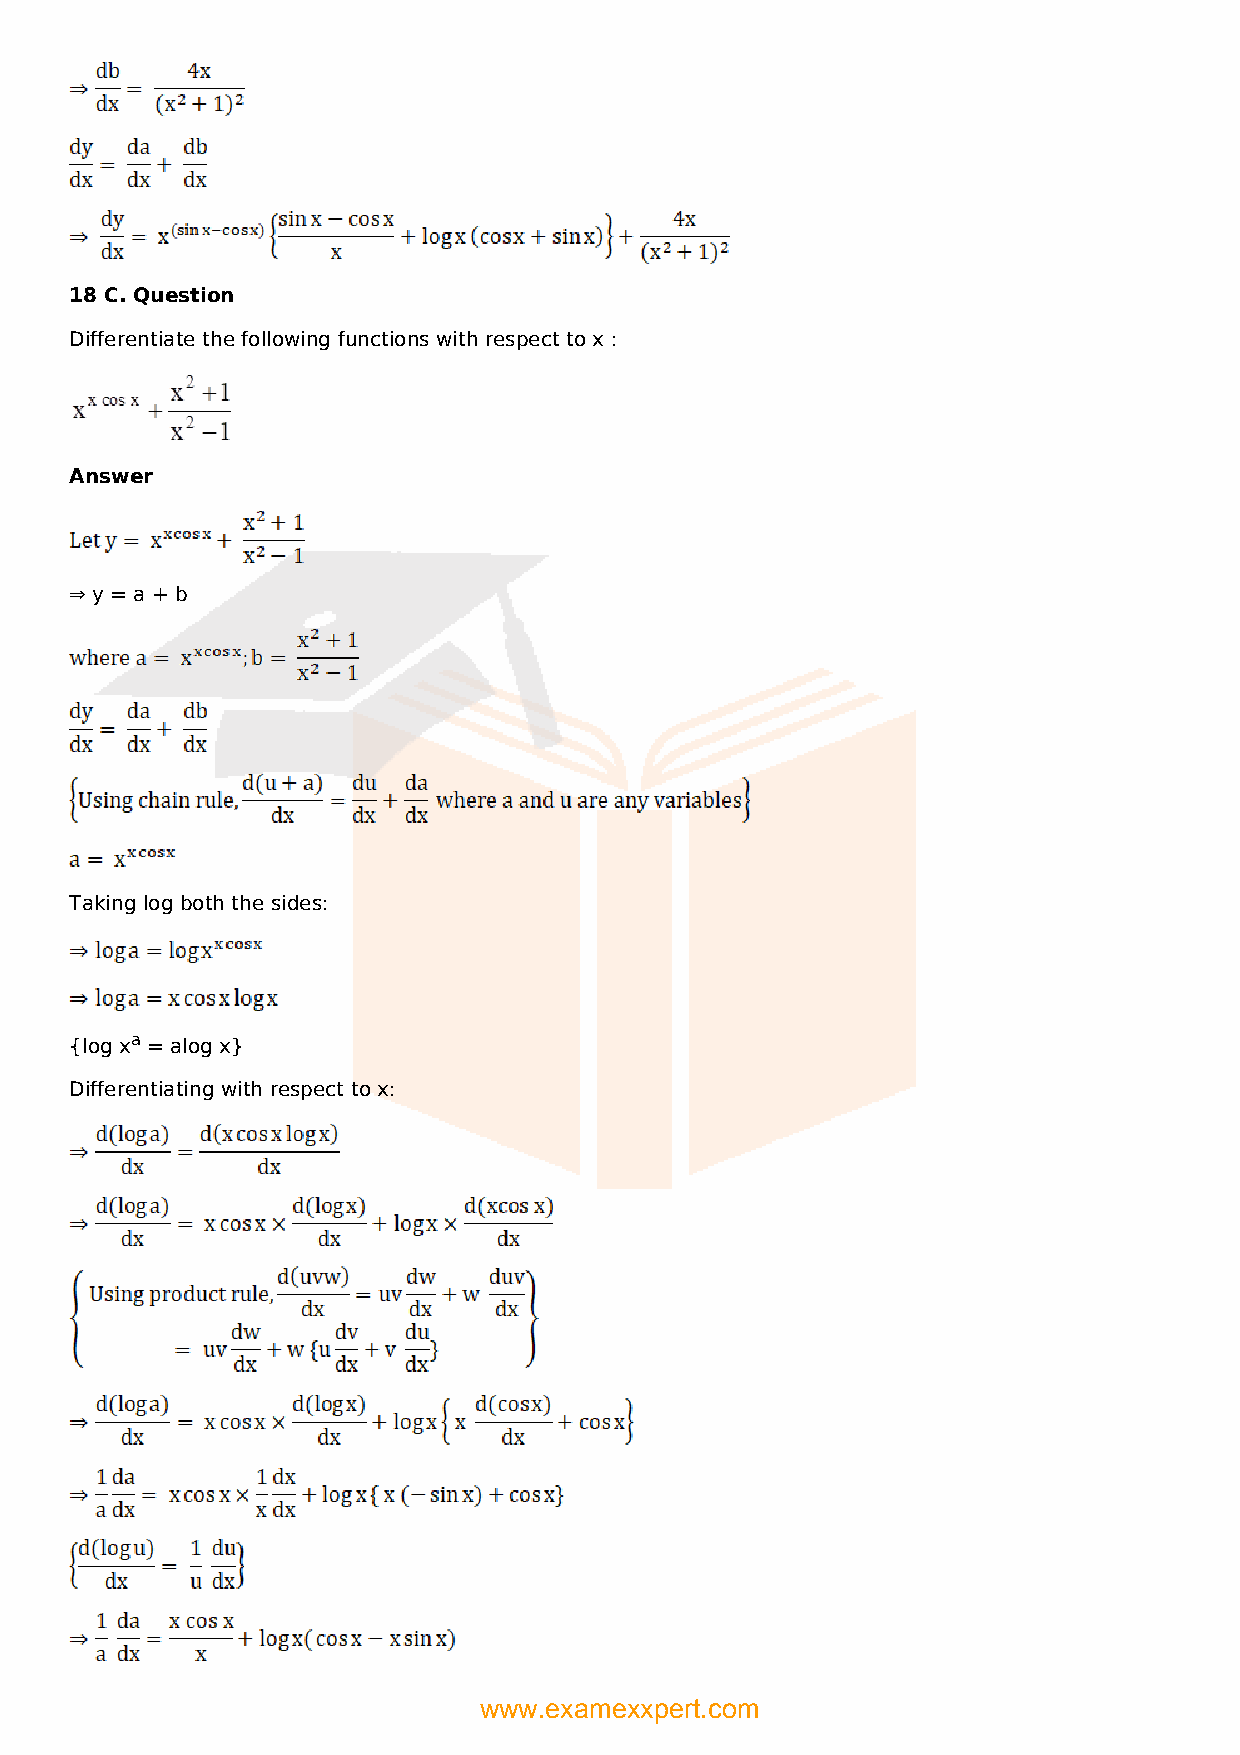
18 C. Question
 Differentiate the following functions with respect to x :
 Answer
 ⇒ y = a + b
 Taking log both the sides:
 {log xa = alog x}
 Differentiating with respect to x:
 www.examexxpert.com